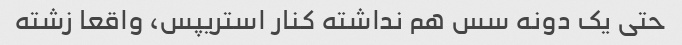
حتی یک دونه سس هم نداشته کنار استریپس، واقعا زشته